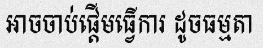
អាចចាប់ផ្តើមធ្វើការ ដូចធម្មតា